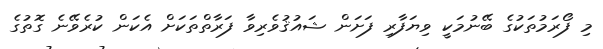
މި ފޯރަމުތަކުގެ ބޭނުމަކީ ވިޔަފާރި ފަށަން ޝައުޤުވެރިވާ ފަރާތްތަކަށް އެކަން ކުރެވޭނެ ގޮތުގެ